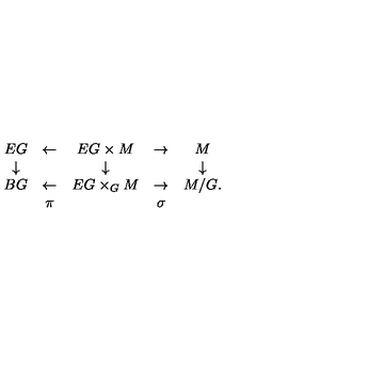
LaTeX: \begin{array} { c c c c c } { E G } & { \leftarrow } & { E G \times M } & { \rightarrow } & { M } \\ { \downarrow } & { } & { \downarrow } & { } & { \downarrow } \\ { B G } & { \leftarrow } & { E G \times _ { G } M } & { \rightarrow } & { M / G . } \\ { } & { \pi } & { } & { \sigma } & { } \\ \end{array}